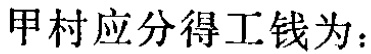
甲村应分得工钱为：